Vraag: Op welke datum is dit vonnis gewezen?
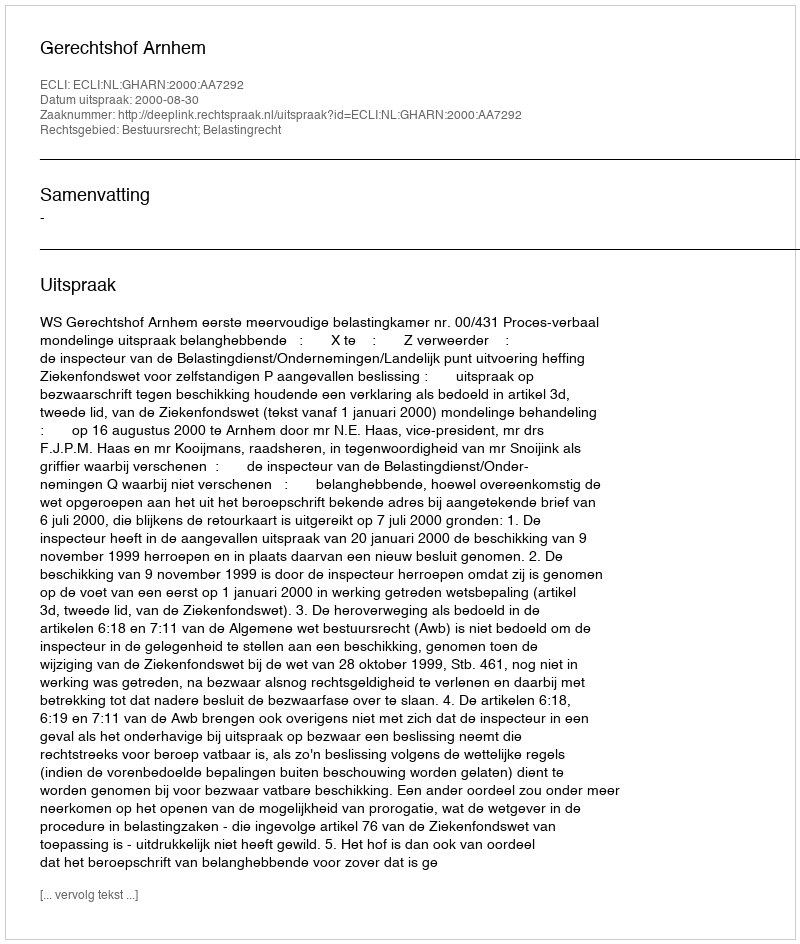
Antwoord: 2000-08-30